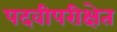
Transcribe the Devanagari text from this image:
पदवीपरीक्षेत